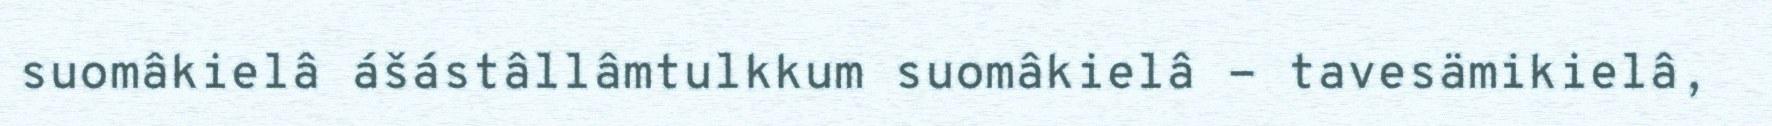
suomâkielâ ášástâllâmtulkkum suomâkielâ - tavesämikielâ,